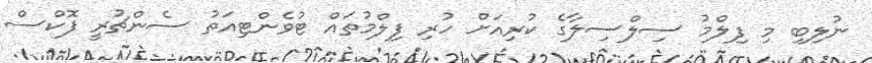
ނުލިބި މި ފިލްމު ސިލްސިލާގެ ކުރިއަށް ހުރި ފިލްމުތައް ޓުވެންޓިއަތު ސެންޗުރީ ފޮކްސް